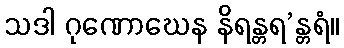
သဒါ ဂုဏောဃေန နိရန္တရ’န္တရံ။